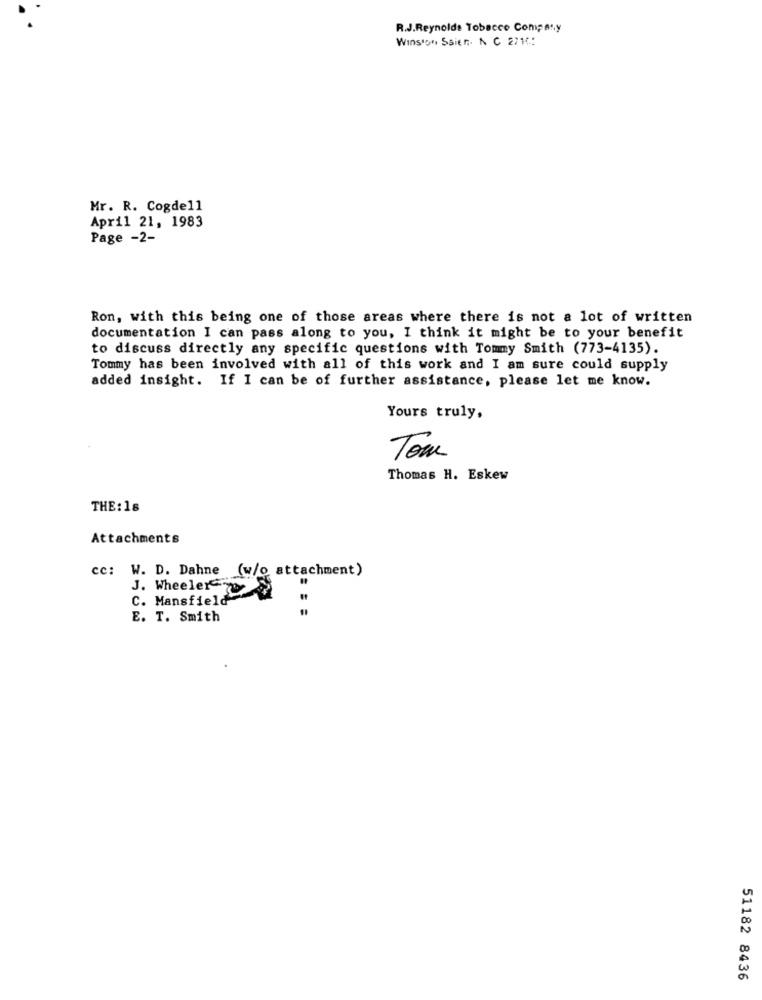
R.J.Reynolds Tobacco Company
Winston Sait r. N C 2714:
Mr. R. Cogde11
April 21, 1983
Page -2-
Ron, with this being one of those areas where there is not a lot of written
documentation I can pass along to you, I think it might be to your benefit
to discuss directly any specific questions with Tommy Smith (773-4135).
Tommy has been involved with all of this work and I am sure could supply
added insight. If I can be of further assistance, please let me know.
Yours truly,
Tom
Thomas H. Eskew
THE: 16
Attachments
cc: W. D. Dahne (w/o attachment)
J. Wheeler
C. Mansfield
E. T. Smith
51182 8436